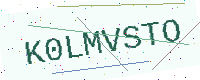
Text: K0LMVSTO